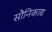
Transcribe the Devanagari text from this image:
सौनिकाद्य